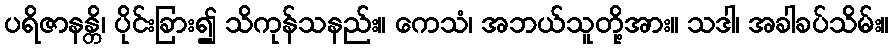
ပရိဇာနန္တိ၊ ပိုင်းခြား၍ သိကုန်သနည်း။ ကေသံ၊ အဘယ်သူတို့အား။ သဒါ၊ အခါခပ်သိမ်း။